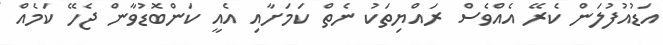
އަޑުއުފުލަން ކެރޭ އެއްވެސް ރައްޔިތަކު ނެތް ކަމަށާއި އެއީ ކަންބޮޑުވާން ޖެހޭ ކަމެއް